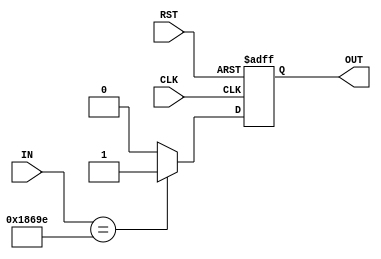
`timescale 1ns / 1ps
//////////////////////////////////////////////////////////////////////////////////
// Company: 
// Engineer: 
// 
// Design Name: 
// Module Name: comparador
// Project Name: 
// Target Devices: 
// Tool Versions: 
// Description: 
// 
// Dependencies: 
// 
// Revision:
// Revision 0.01 - File Created
// Additional Comments:
// 
//////////////////////////////////////////////////////////////////////////////////


module comparador(
    input CLK,RST,
    input [16:0] IN,
    output reg OUT
    );
    

   always @(posedge CLK,posedge RST)
      if (RST)
         OUT <=0;
      else if (IN == 99998)
         OUT <= 1'b1;
      else
         OUT <= 1'b0;
endmodule